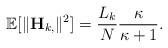
LaTeX: \begin{align*}\mathbb{E}[\| \mathbf{H}_{k, } \|^2] = \frac{L_k}{N} \frac{\kappa}{\kappa+1}.\end{align*}